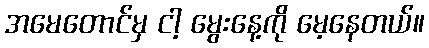
အမေတောင်မှ ငါ့ မွေးနေ့ကို မေ့နေတယ်။